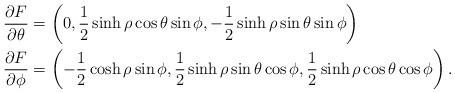
LaTeX: \begin{align*}\begin{aligned}\frac{\partial F}{\partial\theta}&=\left(0,\frac{1}{2}\sinh\rho\cos\theta\sin\phi,-\frac{1}{2}\sinh\rho\sin\theta\sin\phi\right)\\\frac{\partial F}{\partial\phi}&=\left(-\frac{1}{2}\cosh\rho\sin\phi,\frac{1}{2}\sinh\rho\sin\theta\cos\phi,\frac{1}{2}\sinh\rho \cos\theta \cos\phi\right).\end{aligned}\end{align*}